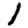
Digit: 1